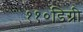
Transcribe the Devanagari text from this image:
११०डिग्री